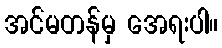
အင်မတန်မှ အေရးပါ။